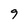
Character: 9